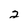
Character: 2